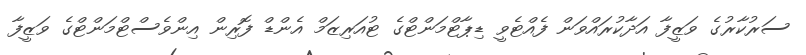
ސަރުކާރުގެ ވަޒީފާ އަދާކުރައްވަން ފެއްޓެވީ ޑިޕާޓްމަންޓްގެ ޓުއަރިޒަމް އެންޑް ފޮރިން އިންވެސްޓްމަންޓްގެ ވަޒީފާ